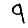
Digit: 9